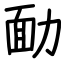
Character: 勔